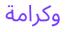
وكرامة